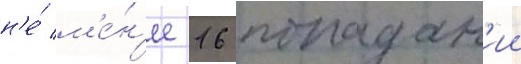
н'е́ м'е́н'ее 16 попадан'ии